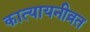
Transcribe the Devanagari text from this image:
कात्यायनीव्रत